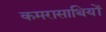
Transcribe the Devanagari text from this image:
कमरासाथियों